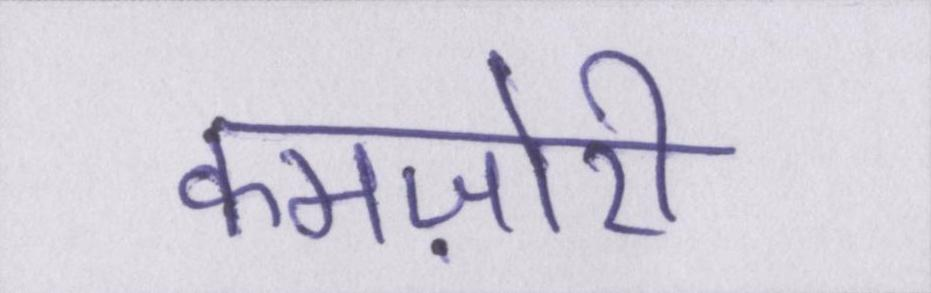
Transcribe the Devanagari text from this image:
कमज़ोरी